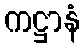
ကဋ္ဌာနံ